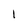
Character: 1